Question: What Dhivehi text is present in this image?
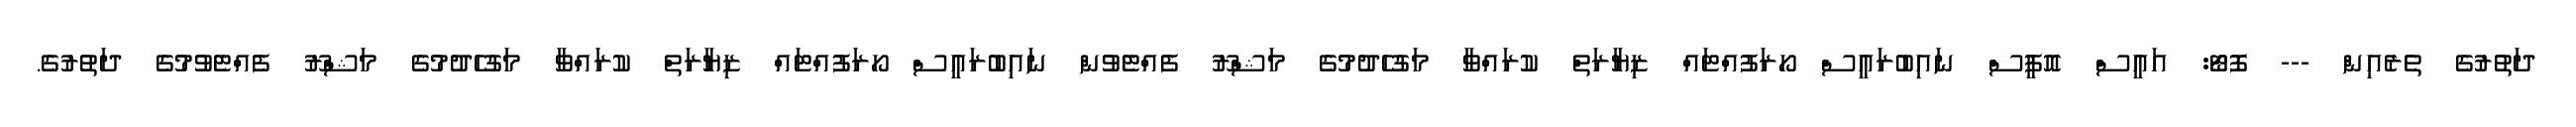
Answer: ދަތުރުގެ ތެރެއިން --- ފޮޓޯ: އައީސް އޮފީސް ނައިބުރައީސް ހޯރަފުއްޓައް ޒިޔާރަތް ކުރައްވާ މަގުހެދުމުގެ މަޝްރޫ ފެއްޓެވުން ނައިބުރައީސް ހޯރަފުއްޓައް ޒިޔާރަތް ކުރައްވާ މަގުހެދުމުގެ މަޝްރޫ ފެއްޓެވުމުގެ ދަތުރުގެ.